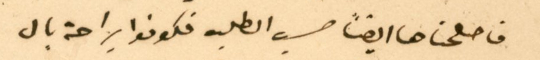
فاصلحناها ايضاً حسب الطلب فكونوا براحة بال